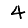
Digit: 4